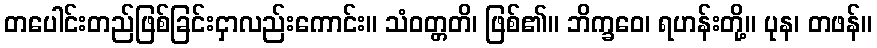
တပေါင်းတည်ဖြစ်ခြင်းငှာလည်းကောင်း။ သံဝတ္တတိ၊ ဖြစ်၏။ ဘိက္ခဝေ၊ ရဟန်းတို့။ ပုန၊ တဖန်။